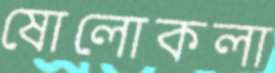
ষোলোকলা